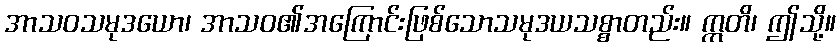
အာသဝသမုဒယော၊ အာသဝ၏အကြောင်းဖြစ်သောသမုဒယသစ္စာတည်း။ ဣတိ၊ ဤသို့။